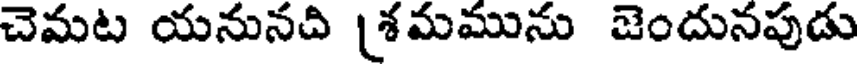
చెమట యనునది [శమమును జెందునపుడు